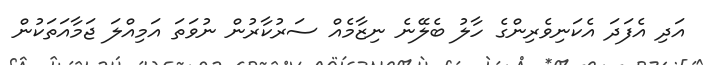
އަދި އެފަދަ އެކަނިވެރިންގެ ހާލު ބެލޭނެ ނިޒާމެއް ސަރުކާރުން ނުވަތަ އަމިއްލަ ޖަމާއަތަކުން